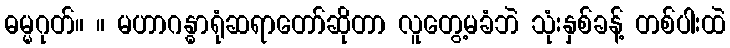
ဓမ္မဂုတ်။ ။ မဟာဂန္ဓာရုံဆရာတော်ဆိုတာ လူတွေ့မခံဘဲ သုံးနှစ်ခန့် တစ်ပါးထဲ